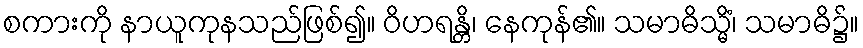
စကားကို နာယူကုနသည်ဖြစ်၍။ ဝိဟရန္တိ၊ နေကုန်၏။ သမာဓိသ္မိံ၊ သမာဓိ၌။